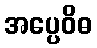
အပ္ပေဝိဓ